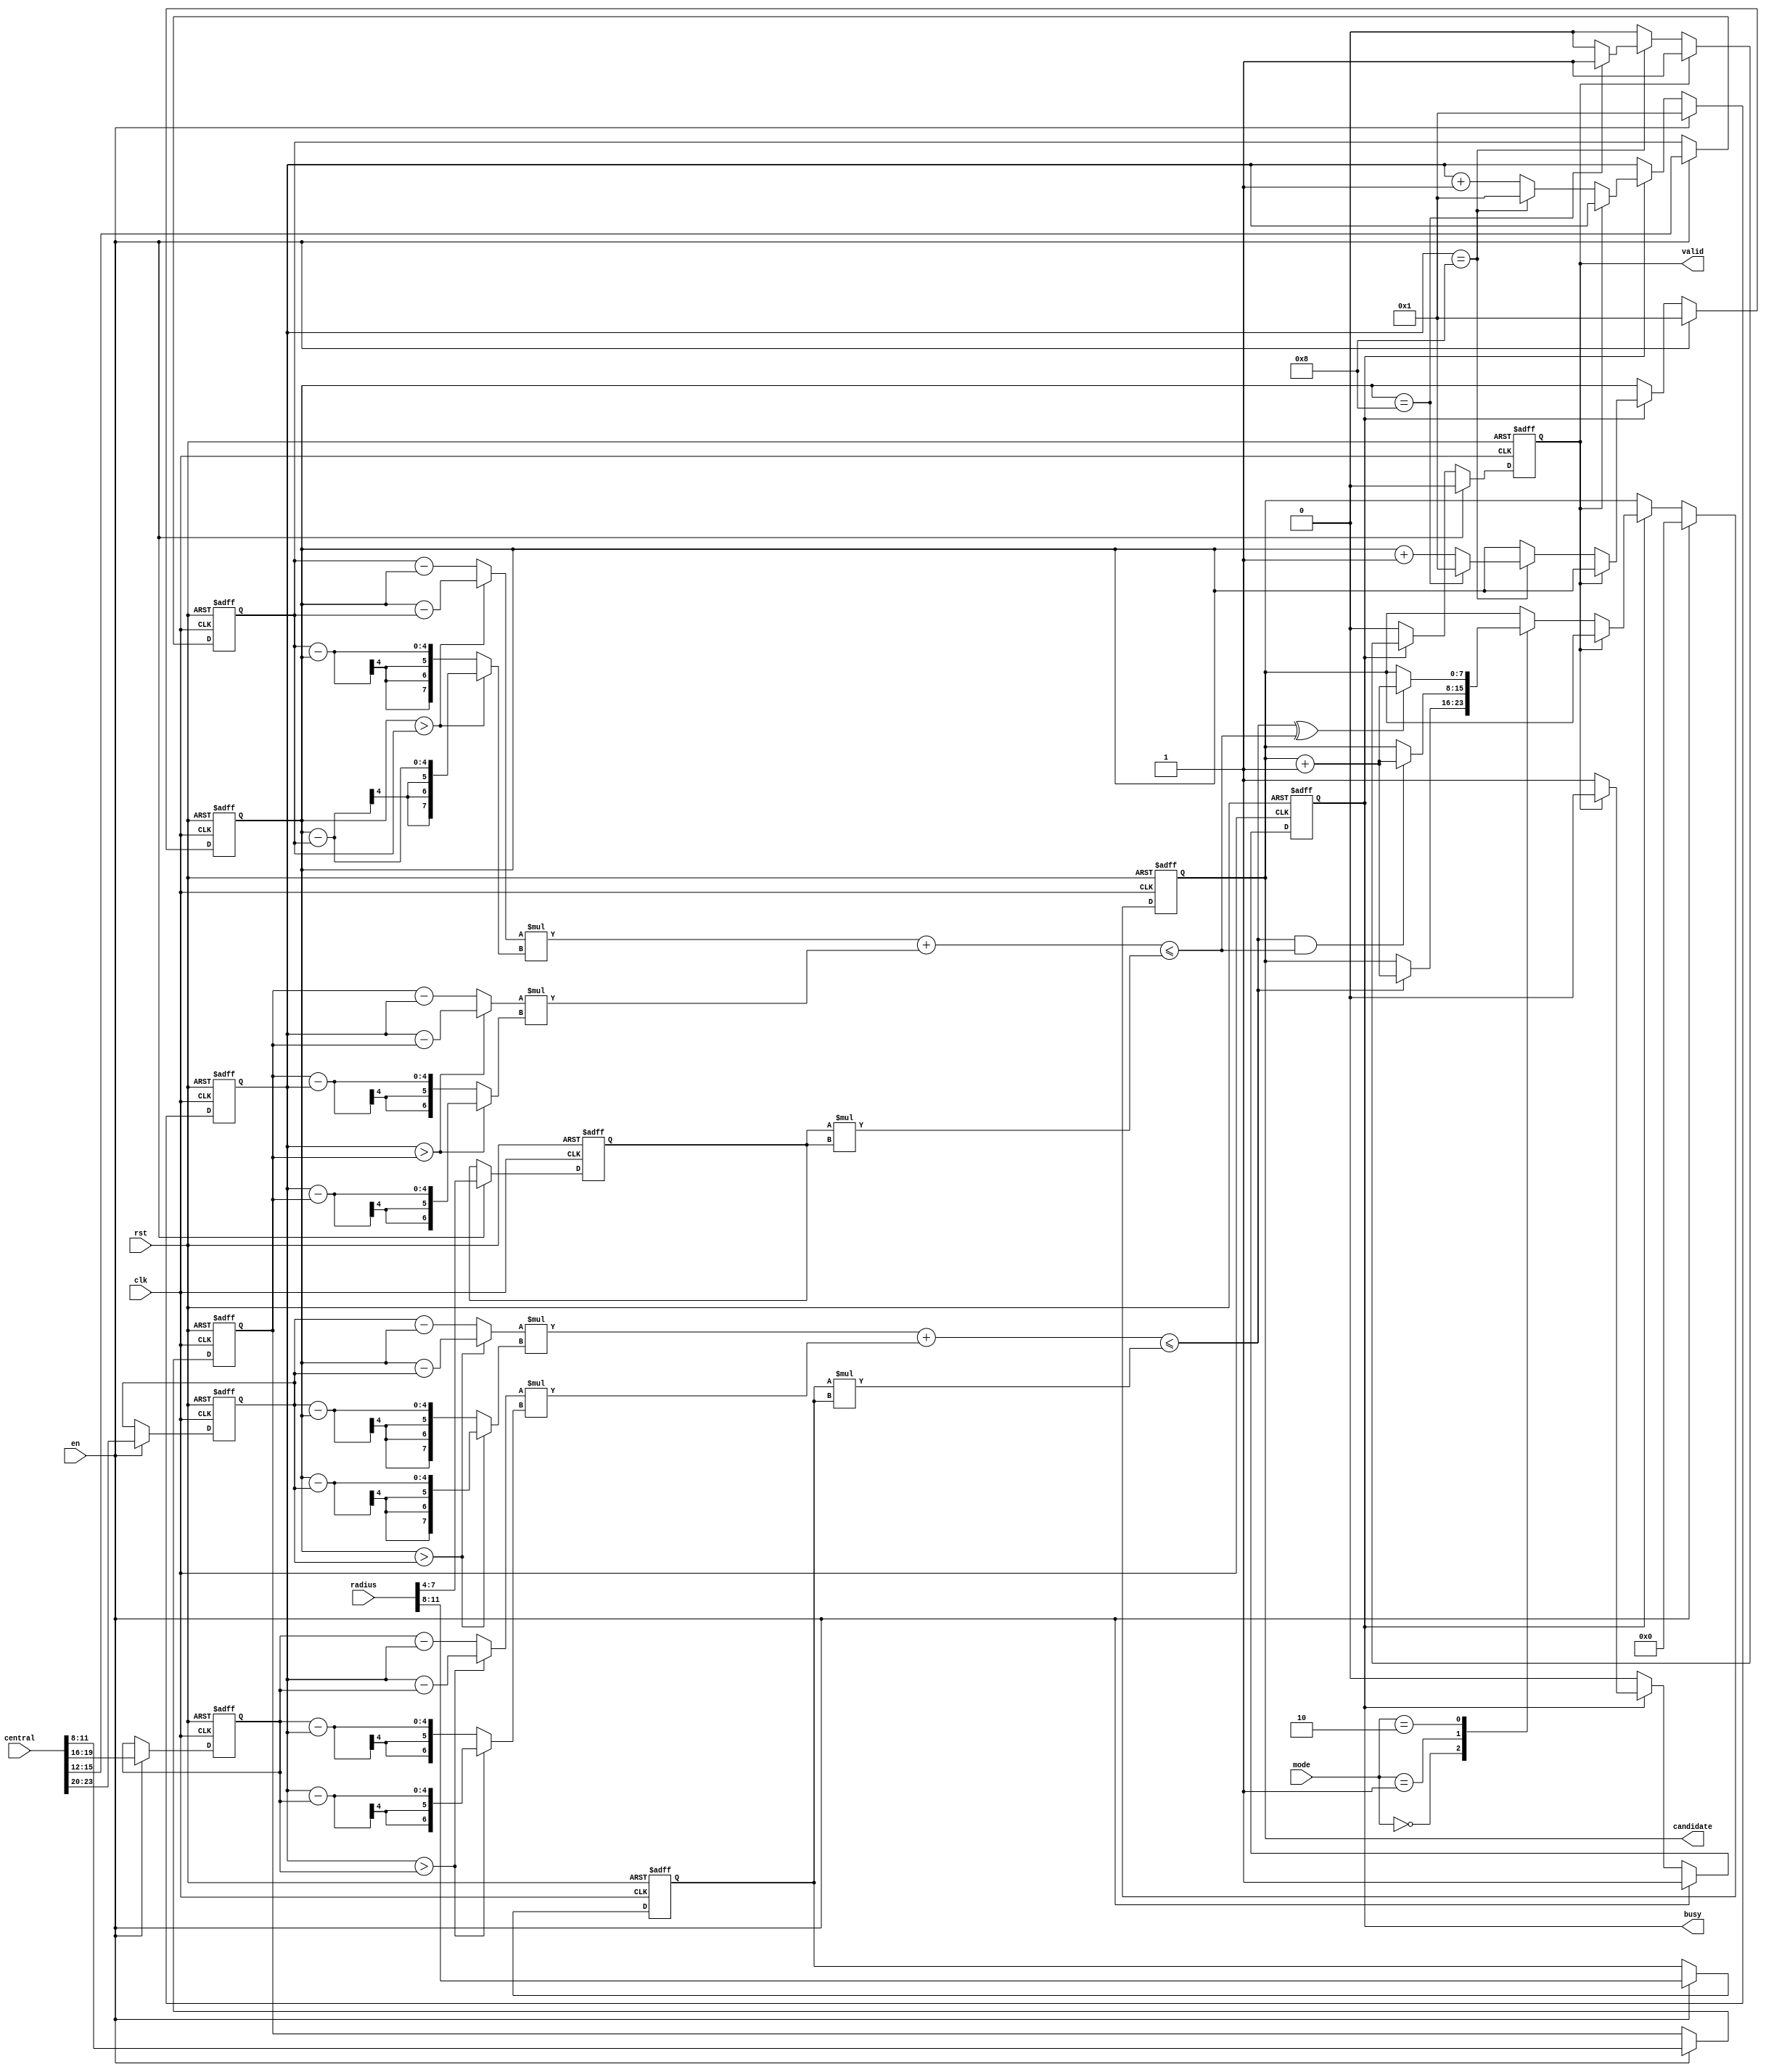
`define abs(a,b) ((a>b) ? (a-b) : (b-a))
`define is_in_circle(j) (({3'd0,`abs(x,cx[j])}*`abs(x,cx[j]) + {1'b0, {3'd0,`abs(y,cy[j])}*`abs(y,cy[j])}) <= {3'd0,cr[j]}*cr[j])


module SET ( clk , rst, en, central, radius, mode, busy, valid, candidate );

input clk, rst;
input en;
input [23:0] central;
input [11:0] radius;
input [1:0] mode;
output reg busy;
output reg valid;
output reg [7:0] candidate;

reg [3:0] cx[0:2];
reg [3:0] cy[0:2];
reg [3:0] cr[0:2];
reg [3:0] x,y;
integer i;

always @(posedge clk or posedge rst) begin
    if(rst) begin
        busy <= 0;
        valid <= 0;
        candidate <= 0;
        x <= 0;
        y <= 0;
        for(i = 0; i <3; i = i + 1) begin
            cx[i] <= 0;
            cy[i] <= 0;
            cr[i] <= 0;
        end
    end
    else begin
        if(en) begin
            x         <= 1;
            y         <= 1;
            busy      <= 1;
            valid     <= 0;
            candidate <= 0;
            for(i = 0; i <3; i = i + 1)begin
                cx[i] <= central[23-i*8 -: 4];
                cy[i] <= central[19-i*8 -: 4];
                cr[i] <= radius[11-i*4 -: 4];
            end
        end
        else if (busy) begin
            if(valid) begin
                busy <= 0;
            end
            else begin
                case (mode)
                    0 :begin
                        if(`is_in_circle(0)) candidate <= candidate + 1;
                    end
                    1 :begin
                        if(`is_in_circle(0) && `is_in_circle(1)) candidate <= candidate + 1;
                    end
                    2 :begin
                        if(`is_in_circle(0) ^ `is_in_circle(1)) candidate <= candidate + 1;
                    end
                endcase
                if(y == 8)begin
                    y <= 1;
                    if(x == 8)begin
                        valid <= 1;
                        x <= 1;
                    end
                    else x <= x+1;
                end
                else y <= y + 1;
            end
        end
        else valid <= 0;
    end
end

endmodule